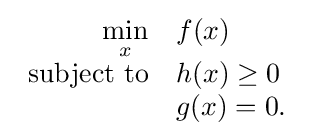
{\begin{array}{rl}\min \limits _{x}&f(x)\\{\mbox{subject to}}&h(x)\geq 0\\&g(x)=0.\end{array}}